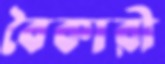
বৈকারী